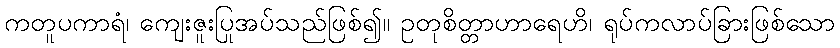
ကတူပကာရံ၊ ကျေးဇူးပြုအပ်သည်ဖြစ်၍။ ဥတုစိတ္တာဟာရေဟိ၊ ရုပ်ကလာပ်ခြားဖြစ်သော